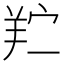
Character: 𬙯